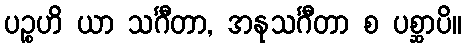
ပဉ္စဟိ ယာ သင်္ဂီတာ, အနုသင်္ဂီတာ စ ပစ္ဆာပိ။